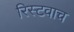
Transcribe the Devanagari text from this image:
रिस्टवाच